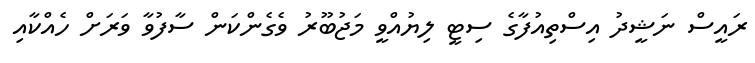
ރައީސް ނަޝީދު އިސްތިއުފާގެ ސިޓީ ލިޔުއްވީ މަޖުބޫރު ވެގެންކަން ސާފުވާ ވަރަށް ހެއްކާއި